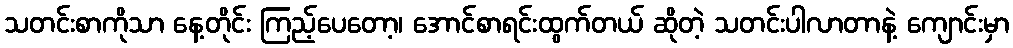
သတင်းစာကိုသာ နေ့တိုင်း ကြည့်ပေတော့၊ အောင်စာရင်းထွက်တယ် ဆိုတဲ့ သတင်းပါလာတာနဲ့ ကျောင်းမှာ